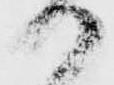
か